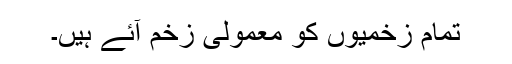
تمام زخمیوں کو معمولی زخم آئے ہیں۔